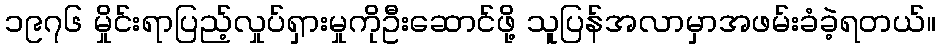
၁၉၇၆ မှိုင်းရာပြည့်လှုပ်ရှားမှုကိုဦးဆောင်ဖို့ သူပြန်အလာမှာအဖမ်းခံခဲ့ရတယ်။